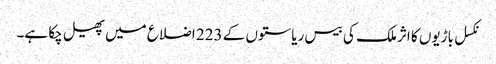
نکسل باڑیوں کا اثر ملک کی بیس ریاستوں کے 223 اضلاع میں پھیل چکا ہے۔